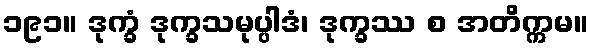
၁၉၁။ ဒုက္ခံ ဒုက္ခသမုပ္ပါဒံ၊ ဒုက္ခဿ စ အတိက္ကမ။